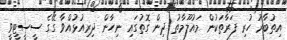
އިތުބާރު ހުރި ފަރާތަކުން މައުލޫމާތު ދިން ގޮތުގައި ނިހާން ދިރިއުޅުއްވާ ގޭގެ ސީސީޓީވީ